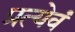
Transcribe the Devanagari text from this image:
प्रत्येवं